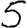
Digit: 5